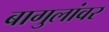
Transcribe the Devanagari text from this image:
बागुलांवर